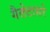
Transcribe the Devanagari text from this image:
गैलेटासरे